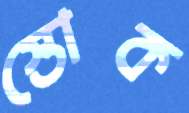
স্তোক